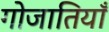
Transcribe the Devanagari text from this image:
गोजातियाँ